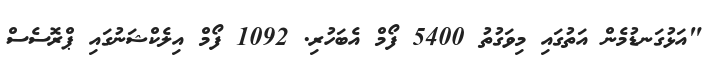
"އަޅުގަނޑުމެން އަތުގައި މިވަގުތު 5400 ފޯމް އެބަހުރި. 1092 ފޯމް އިލެކްޝަނުގައި ޕްރޮސެސް